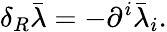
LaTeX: \delta_{R}\bar{\lambda}=-\partial^{i}\bar{\lambda}_{i}.